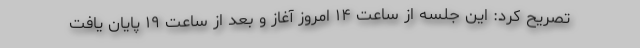
تصریح کرد: این جلسه از ساعت ۱۴ امروز آغاز و بعد از ساعت ۱۹ پایان یافت